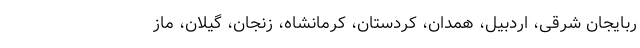
ربایجان شرقی، اردبیل، همدان، کردستان، کرمانشاه، زنجان، گیلان، ماز